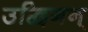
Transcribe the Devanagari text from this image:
उद्विगन्